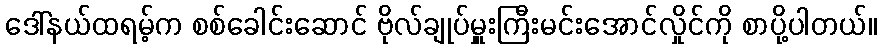
ဒေါ်နယ်ထရမ့်က စစ်ခေါင်းဆောင် ဗိုလ်ချုပ်မှူးကြီးမင်းအောင်လှိုင်ကို စာပို့ပါတယ်။